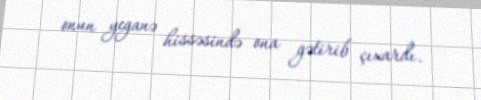
onun yeganə hissəsində ona gətirib çıxardı.